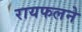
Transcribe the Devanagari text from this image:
रायफलने